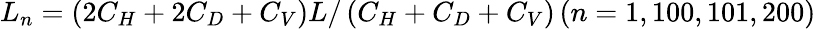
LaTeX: L_{n}=\left(2C_{H}+2C_{D}+C_{V}\right)L/\left(C_{H}+C_{D}+C_{V}\right)\, (n=1,100,101,200)